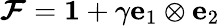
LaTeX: {\boldsymbol{\mathcal{F}}}={\boldsymbol{\mathit{{1}}}}+\gamma\mathbf{{e}}_{1}\otimes\mathbf{{e}}_{2}